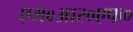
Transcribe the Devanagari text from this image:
एम०आर०एफ०